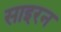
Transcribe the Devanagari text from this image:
साइरन